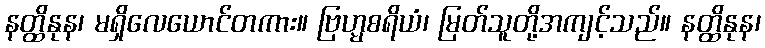
နတ္ထိနုန၊ မရှိလေယောင်တကား။ ဗြဟ္မစရိယံ၊ မြတ်သူတို့အကျင့်သည်။ နတ္ထိနုန၊